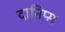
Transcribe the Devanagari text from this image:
दानिप्स